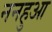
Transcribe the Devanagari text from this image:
ननहुआ